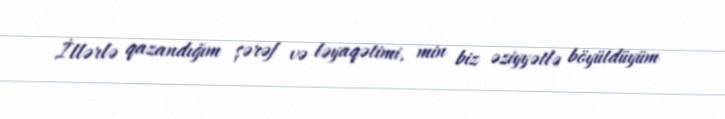
İllərlə qazandığım şərəf və ləyaqətimi, min biz əziyyətlə böyütdüyüm